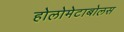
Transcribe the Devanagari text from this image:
होलोमेटाबोलस